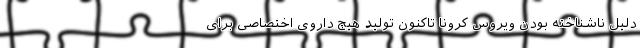
دلیل ناشناخته بودن ویروس کرونا تاکنون تولید هیچ داروی اختصاصی برای